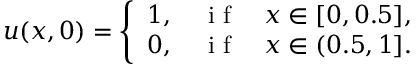
\boldsymbol { u } ( x , 0 ) = \left\{ \begin{array} { l l } { 1 , \quad \mathrm { ~ i ~ f ~ } \quad x \in [ 0 , 0 . 5 ] , } \\ { 0 , \quad \mathrm { ~ i ~ f ~ } \quad x \in ( 0 . 5 , 1 ] . } \end{array} \right.